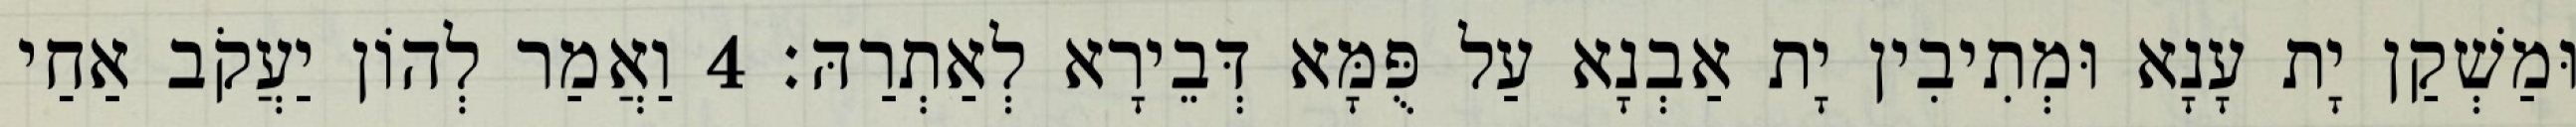
וּמַשְׁקַן יָת עָנָא וּמְתִיבִין יָת אַבְנָא עַל פֻּמָּא דְּבֵירָא לְאַתְרַהּ׃ 4 וַאֲמַר לְהוֹן יַעֲקֹב אַחַי